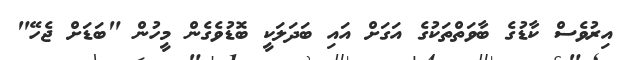
އިރުވެސް ކާޑުގެ ބާވަތްތަކުގެ އަގަށް އައި ބަދަލަކީ ބޮޑުވެގެން މީހުން "ބަޑަށް ޖެހޭ"